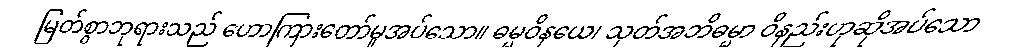
မြတ်စွာဘုရားသည် ဟောကြားတော်မူအပ်သော။ ဓမ္မဝိနယေ၊ သုတ်အဘိဓမ္မာ ဝိနည်းဟုဆိုအပ်သော